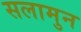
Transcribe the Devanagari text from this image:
सलामुन